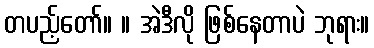
တပည့်တော်။ ။ အဲဒီလို ဖြစ်နေတာပဲ ဘုရား။